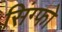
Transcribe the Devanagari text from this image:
सिंग्फो